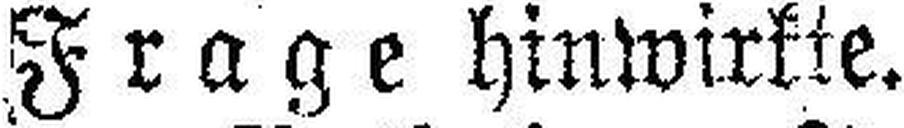
Frage hinwirkte.